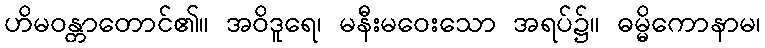
ဟိမဝန္တာတောင်၏။ အဝိဒူရေ၊ မနီးမဝေးသော အရပ်၌။ ဓမ္မိကောနာမ၊